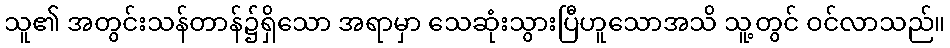
သူ၏ အတွင်းသန်တာန်၌ရှိသော အရာမှာ သေဆုံးသွားပြီဟူသောအသိ သူ့တွင် ဝင်လာသည်။